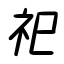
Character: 祀